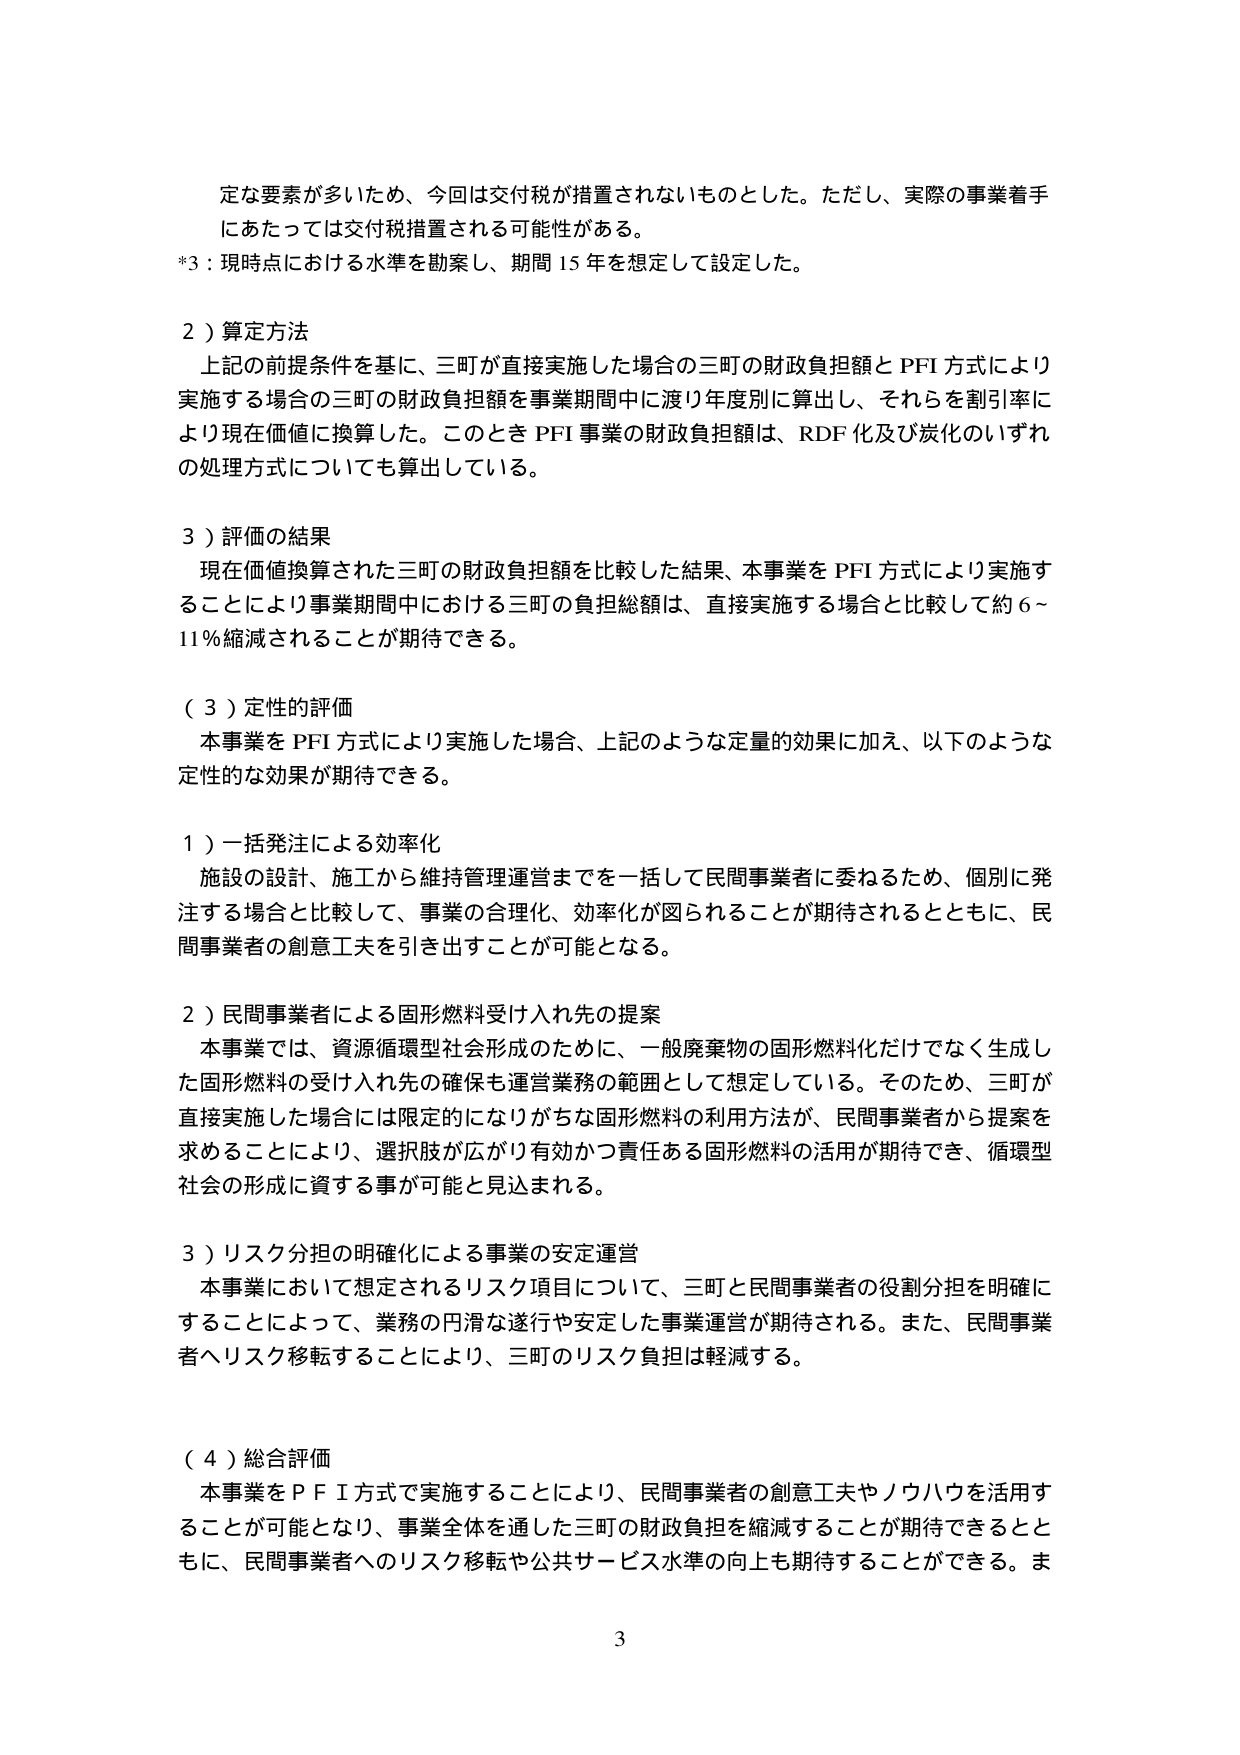
定な要素が多いため、今回は交付税が措置されないものとした。ただし、実際の事業着手にあたっては交付税措置される可能性がある。
*3：現時点における水準を勘案し、期間15年を想定して設定した。

2）算定方法
上記の前提条件を基に、三町が直接実施した場合の三町の財政負担額とPFI方式により実施する場合の三町の財政負担額を事業期間中に渡り年度別に算出し、それらを割引率により現在価値に換算した。このときPFI事業の財政負担額は、RDF化及び炭化のいずれの処理方式についても算出している。

3）評価の結果
現在価値換算された三町の財政負担額を比較した結果、本事業をPFI方式により実施することにより事業期間中における三町の負担総額は、直接実施する場合と比較して約6～11％縮減されることが期待できる。

（3）定性的評価
本事業をPFI方式により実施した場合、上記のような定量的効果に加え、以下のような定性的な効果が期待できる。

1）一括発注による効率化
施設の設計、施工から維持管理運営までを一括して民間事業者に委ねるため、個別に発注する場合と比較して、事業の合理化、効率化が図られることが期待されるとともに、民間事業者の創意工夫を引き出すことが可能となる。

2）民間事業者による固形燃料受け入れ先の提案
本事業では、資源循環型社会形成のために、一般廃棄物の固形燃料化だけでなく生成した固形燃料の受け入れ先の確保も運営業務の範囲として想定している。そのため、三町が直接実施した場合には限定的になりがちな固形燃料の利用方法が、民間事業者から提案を求めることにより、選択肢が広がり有効かつ責任ある固形燃料の活用が期待でき、循環型社会の形成に資する事が可能と見込まれる。

3）リスク分担の明確化による事業の安定運営
本事業において想定されるリスク項目について、三町と民間事業者の役割分担を明確にすることによって、業務の円滑な遂行や安定した事業運営が期待される。また、民間事業者へリスク移転することにより、三町のリスク負担は軽減する。

（4）総合評価
本事業をPFI方式で実施することにより、民間事業者の創意工夫やノウハウを活用することが可能となり、事業全体を通した三町の財政負担を縮減することが期待できるとともに、民間事業者へのリスク移転や公共サービス水準の向上も期待することができる。ま

3